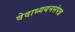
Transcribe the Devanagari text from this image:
वेदाध्ययनसंपन्न